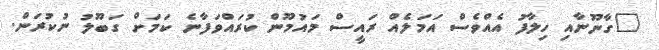
"ގާނޫނާއި ހިލާފު އެއްވެސް އަމަލެއް ރައީސް މައުމޫން ކުރައްވަފާނެ ކަމަށް ގަބޫލު ނުކުރަން.